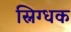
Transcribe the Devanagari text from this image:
स्निग्धक